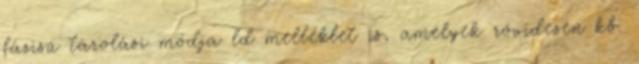
fázisú tárolási módja ld melléklet is, amelyek rövidesen kb.